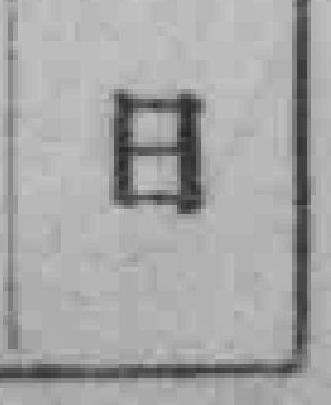
日